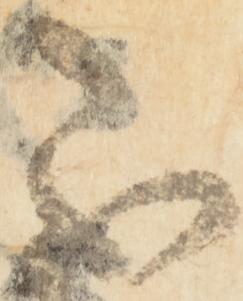
不